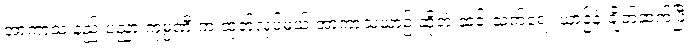
အာကာသ နည်းပညာ ကုမ္ပဏီ က ထုတ်လုပ်မယ့် အာကာသယာဉ် ဆိုတဲ့ ဆင်းသက်ရေး ယာဉ်နဲ့ ချိတ်ဆက်ပြီး